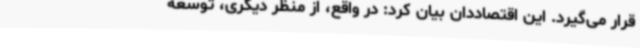
قرار می‌گیرد. این اقتصاددان بیان کرد: در واقع، از منظر دیگری، توسعه